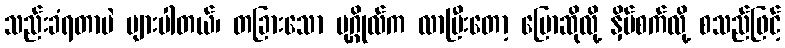
သည်းခံရတာပဲ များပါတယ်၊ တခြားသော ပုဂ္ဂိုလ်က လာပြီးတော့ ပြောဆိုလို့ နှိပ်စက်လို့ စသည်ဖြင့်